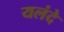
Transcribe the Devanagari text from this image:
यलंदे